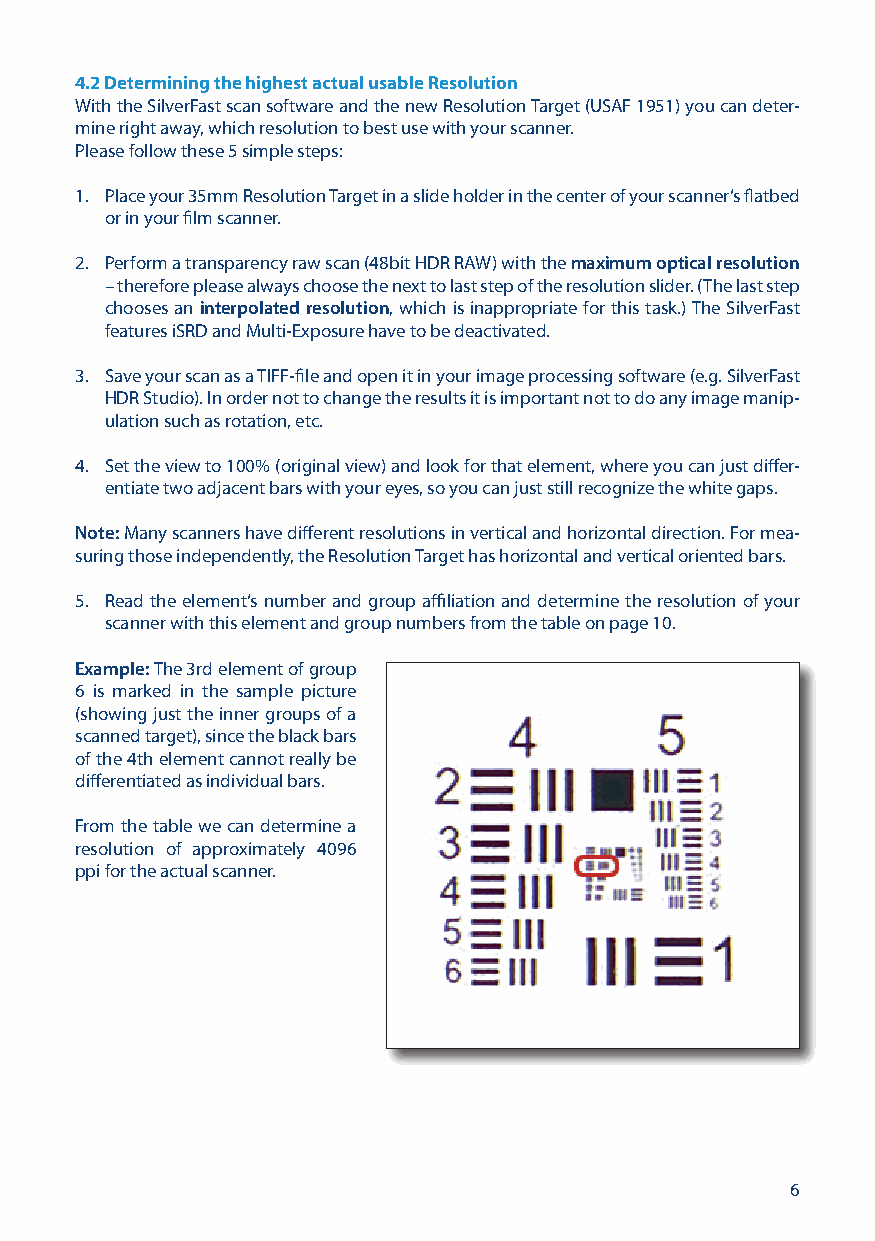
4.2 Determining the highest actual usable Resolution
 With the SilverFast scan software and the new Resolution Target (USAF 1951) you can deter-
 mine right away, which resolution to best use with your scanner.
 Please follow these 5 simple steps:
 1. Place your 35mm Resolution Target in a slide holder in the center of your scanner‘s flatbed
 or in your film scanner.
 2. Perform a transparency raw scan (48bit HDR RAW) with the maximum optical resolution
 – therefore please always choose the next to last step of the resolution slider. (The last step
 chooses an interpolated resolution, which is inappropriate for this task.) The SilverFast
 features iSRD and Multi-Exposure have to be deactivated.
 3. Save your scan as a TIFF-file and open it in your image processing software (e.g. SilverFast
 HDR Studio). In order not to change the results it is important not to do any image manip-
 ulation such as rotation, etc.
 4. Set the view to 100% (original view) and look for that element, where you can just differ-
 entiate two adjacent bars with your eyes, so you can just still recognize the white gaps.
 Note: Many scanners have different resolutions in vertical and horizontal direction. For mea-
 suring those independently, the Resolution Target has horizontal and vertical oriented bars.
 5. Read the element‘s number and group affiliation and determine the resolution of your
 scanner with this element and group numbers from the table on page 10.
 Example: The 3rd element of group
 6 is marked in the sample picture
 (showing just the inner groups of a
 scanned target), since the black bars
 of the 4th element cannot really be
 differentiated as individual bars.
 From the table we can determine a
 resolution of approximately 4096
 ppi for the actual scanner.
 6